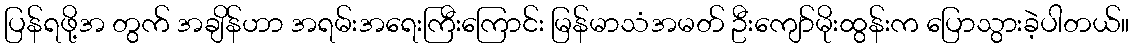
ပြန်ရဖို့အ တွက် အချိန်ဟာ အရမ်းအရေးကြီးကြောင်း မြန်မာသံအမတ် ဦးကျော်မိုးထွန်းက ပြောသွားခဲ့ပါတယ်။